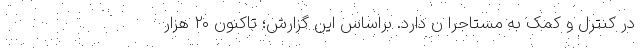
در کنترل و کمک به مستاجرا ن دارد. براساس این گزارش؛ تاکنون ۲۰ هزار